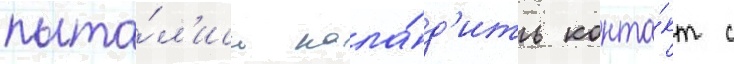
пыта́л'ись нала́д'ить конта́кт с